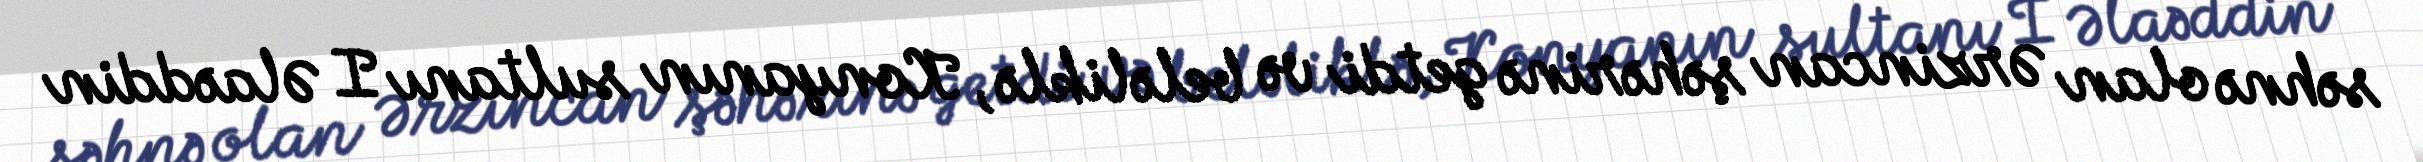
səhnə olan Ərzincan şəhərinə getdi və beləliklə, Konyanın sultanı I Əlaəddin